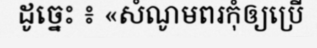
ដូច្នេះ ៖ «សំណូមពរកុំឲ្យប្រើ